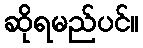
ဆိုရမည်ပင်။